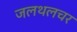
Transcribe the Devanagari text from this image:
जलथलचर